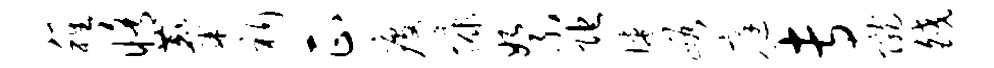
稚修麋祈正疫慷絮陀婕峪庭专陇皎